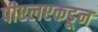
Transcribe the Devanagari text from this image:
पीएलएकडून